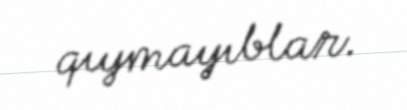
qıymayıblar.